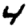
Digit: 4